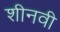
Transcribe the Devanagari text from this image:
शीनवी